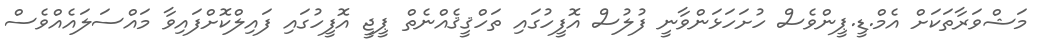
މަޝްވަރާތަކަށް އެމް.ޑީ.ޕީންވެސް ހުށަހަޅަންވާނީ ފުލުސް އޮފީހުގައި ތަހްޤީޤެއްނެތް ޕީޖީ އޮފީހުގައި ފައިލްކޮށްފައިވާ މައްސަލައެއްވެސް